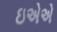
ઇએએ